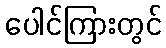
ပေါင်ကြားတွင်